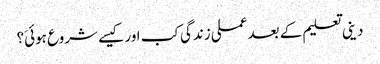
دینی تعلیم کے بعد عملی زندگی کب اور کیسے شروع ہوئیَ؟